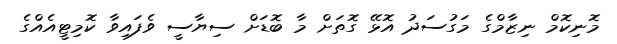
މޮނިކޮމް ނިޒާމްގެ މަގުސަދު އޮޅޭ ގޮތަށް މާ ބޮޑަށް ސިޔާސީ ވެފައިވާ ކޮމިޓީއެއްގެ